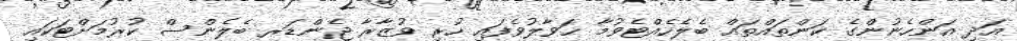
އަދި އަންހެނުންގެ ކަންތައްތައް ބެލެހެއްޓެވުމާ ޙަވާލުވެފައި ހުރި ވުޒާރާ ޖެންޑަރ ބެލެންސް ކުރުމަށްޓަކައި